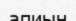
апиын